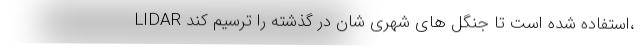
LIDAR استفاده شده است تا جنگل های شهری شان در گذشته را ترسیم کند،